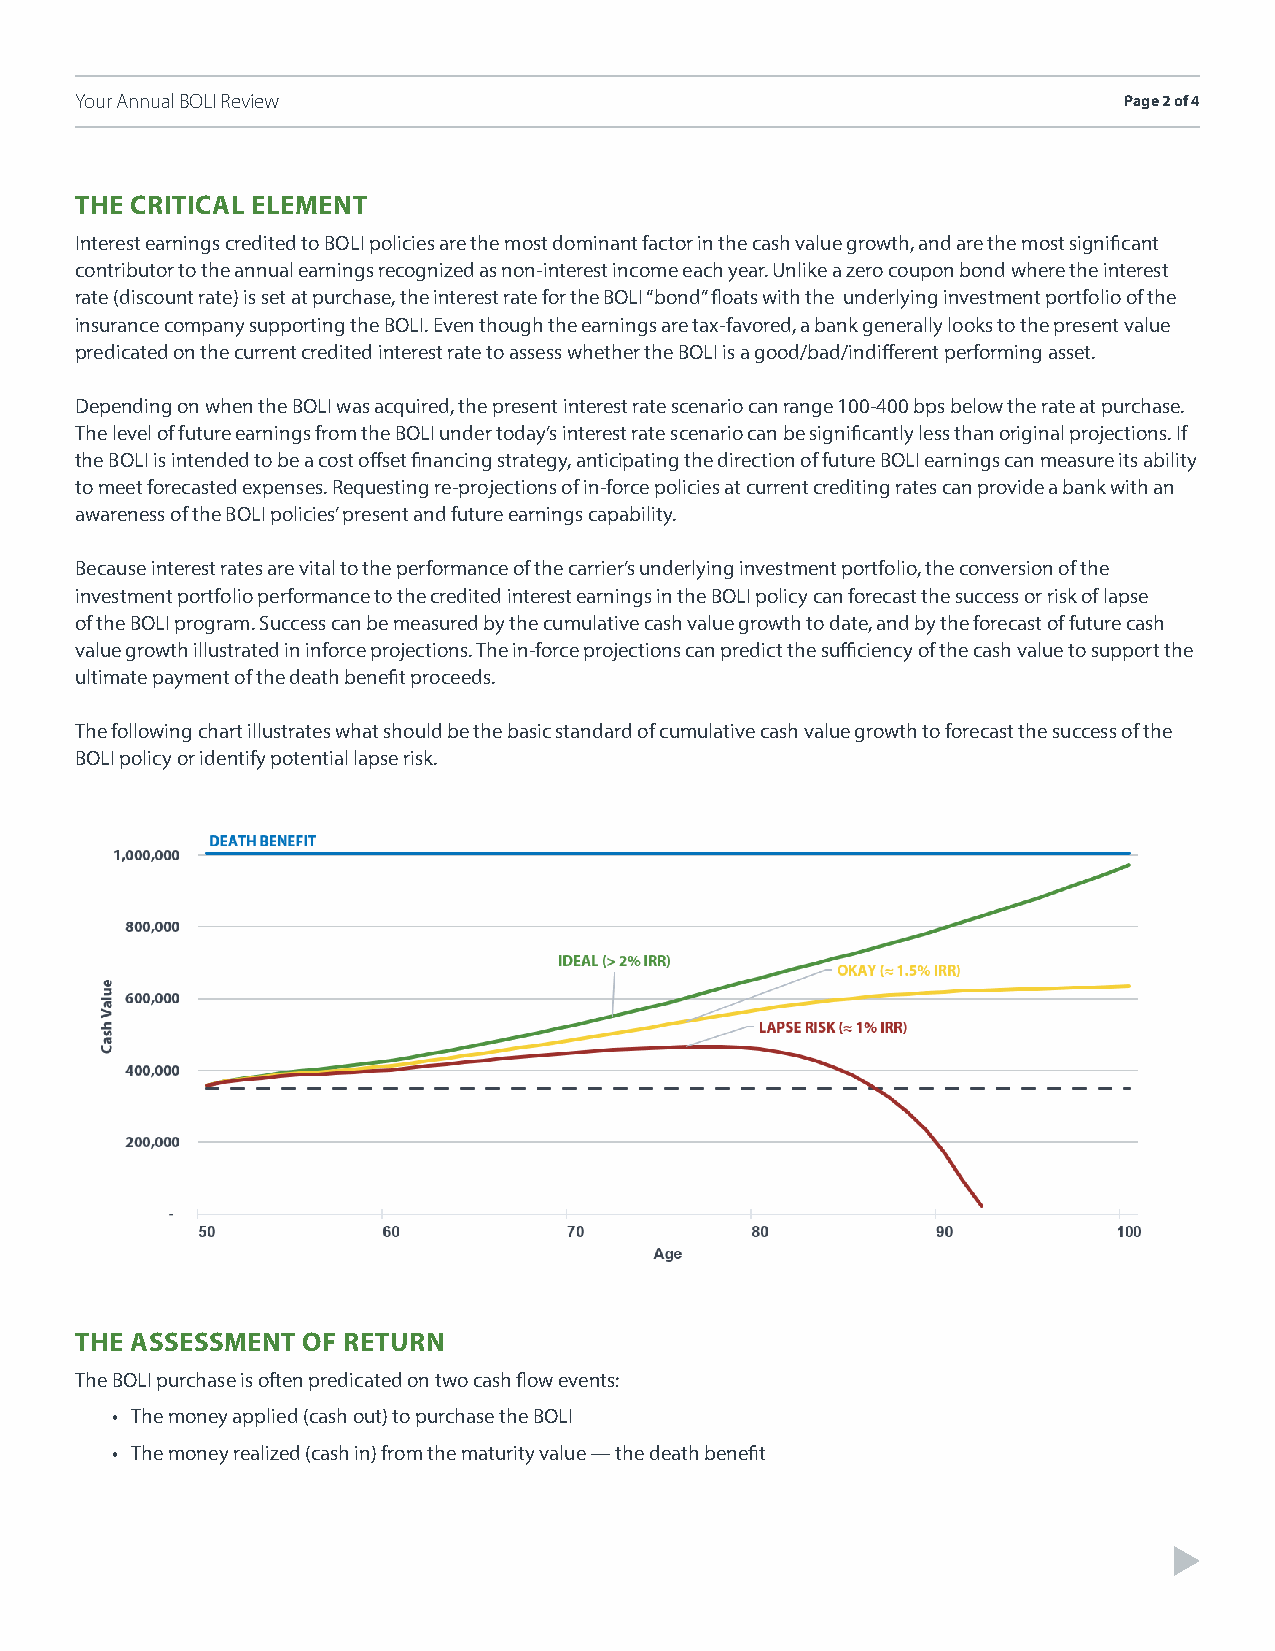
Your Annual BOLI Review                                              Page 2 of 4
 THE CRITICAL ELEMENT
 Interest earnings credited to BOLI policies are the most dominant factor in the cash value growth, and are the most significant
 contributor to the annual earnings recognized as non-interest income each year. Unlike a zero coupon bond where the interest
 rate (discount rate) is set at purchase, the interest rate for the BOLI “bond” floats with the underlying investment portfolio of the
 insurance company supporting the BOLI. Even though the earnings are tax-favored, a bank generally looks to the present value
 predicated on the current credited interest rate to assess whether the BOLI is a good/bad/indifferent performing asset.
 Depending on when the BOLI was acquired, the present interest rate scenario can range 100-400 bps below the rate at purchase.
 The level of future earnings from the BOLI under today’s interest rate scenario can be significantly less than original projections. If
 the BOLI is intended to be a cost offset financing strategy, anticipating the direction of future BOLI earnings can measure its ability
 to meet forecasted expenses. Requesting re-projections of in-force policies at current crediting rates can provide a bank with an
 awareness of the BOLI policies’ present and future earnings capability.
 Because interest rates are vital to the performance of the carrier’s underlying investment portfolio, the conversion of the
 investment portfolio performance to the credited interest earnings in the BOLI policy can forecast the success or risk of lapse
 of the BOLI program. Success can be measured by the cumulative cash value growth to date, and by the forecast of future cash
 value growth illustrated in inforce projections. The in-force projections can predict the sufficiency of the cash value to support the
 ultimate payment of the death benefit proceeds.
 The following chart illustrates what should be the basic standard of cumulative cash value growth to forecast the success of the
 BOLI policy or identify potential lapse risk.
 THE ASSESSMENT OF RETURN
 The BOLI purchase is often predicated on two cash flow events:
 • The money applied (cash out) to purchase the BOLI
 • The money realized (cash in) from the maturity value — the death benefit